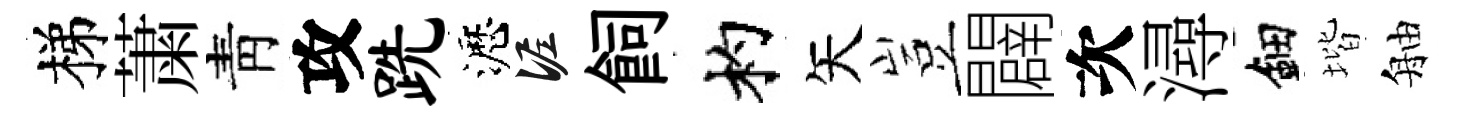
梯䔥靑攻跣瀝泥飼杓矢豈闢次潯鈿堦舳